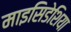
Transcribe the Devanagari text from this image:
माइसिडेशिया